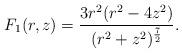
LaTeX: \begin{align*} F_1(r,z) = \frac {3 r^2 (r^2 - 4 z^2)} {(r^2 + z^2)^{\frac 72}}. \end{align*}